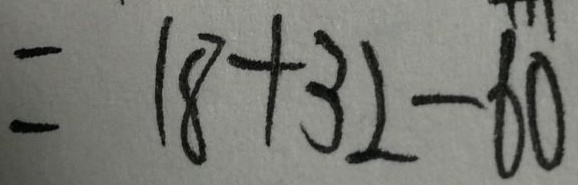
= 1 8 + 3 2 - 6 0